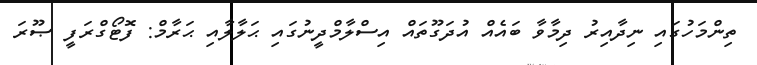
ތިންމަހުގައި ނިދާއިރު ދިމާވާ ބައެއް އުދަގޫތައް އިސްލާމްދީނުގައި ޙަލާލާއި ޙަރާމް: ފޮޓޯގްރަފީ ޞޫރަ